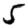
Digit: 5